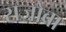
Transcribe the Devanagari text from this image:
राजोबा